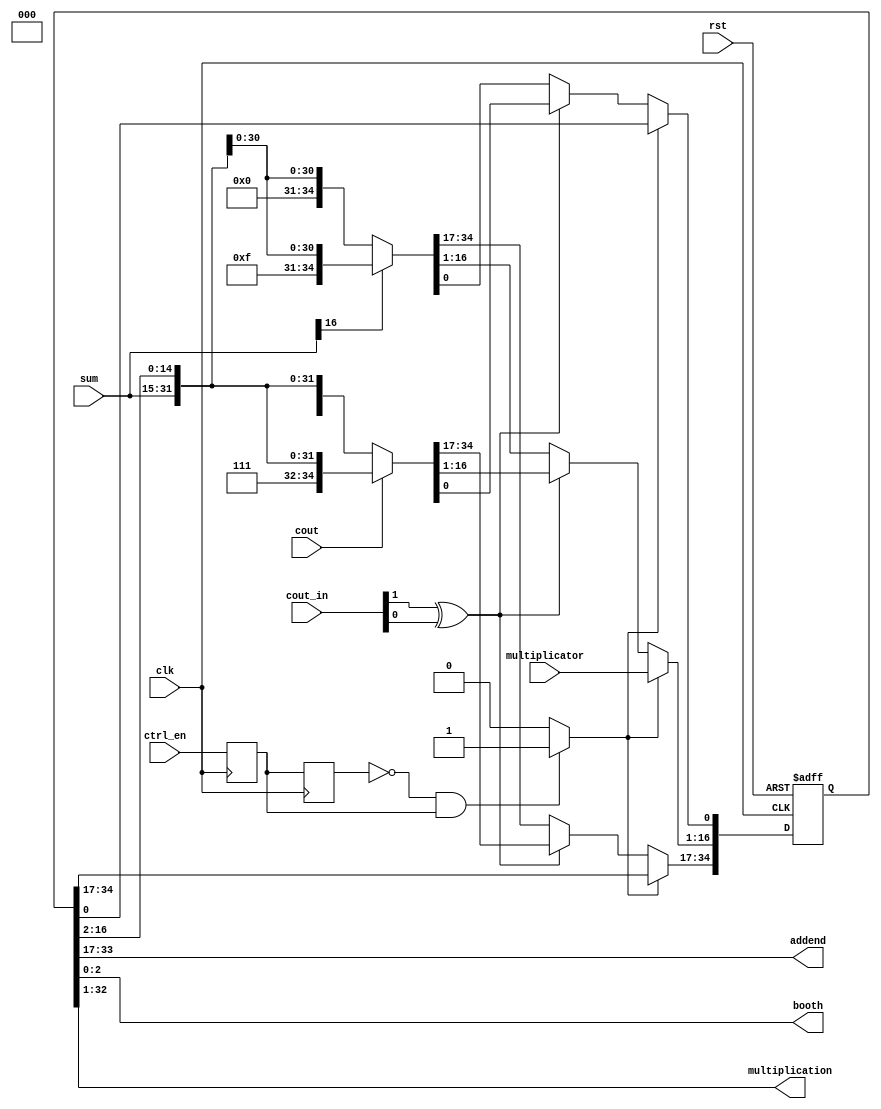
`timescale 1ns / 1ps
//////////////////////////////////////////////////////////////////////////////////
// Company: 
// Engineer: 
// 
// Design Name: 
// Module Name:    rs 
// Project Name: 
// Target Devices: 
// Tool versions: 
// Description: 
//
// Dependencies: 
//
// Revision: 
// Revision 0.01 - File Created
// Additional Comments: 
//
//////////////////////////////////////////////////////////////////////////////////
module rs(
input clk,
input rst,
input[1:0] cout_in,
input ctrl_en,
input cout,//
input[15:0] multiplicator,//
input[16:0] sum,//
output[16:0] addend,//
output[2:0] booth,
output[31:0] multiplication
    );
reg[34:0] regs;
wire flag;
wire flag1;
reg ctrl_en1,ctrl_en2;
always@(posedge clk)
	begin
		ctrl_en1<=ctrl_en;
		ctrl_en2<=ctrl_en1;
	end
assign flag1=(!ctrl_en2 & ctrl_en1)?1'b1:1'b0;
		
assign flag=cout_in[1]^cout_in[0];
always@(posedge clk or negedge rst)
	if(!rst)
		begin
			regs[34:17]<=18'd0;
			regs[16:1]<=16'd0;
			regs[0]<=1'b0;
		end
		else if(flag1)
				regs[16:1]<=multiplicator;
	else if(flag)
		begin
			regs[34:0]<=cout?{2'b11,1'b1,sum[16:0],regs[16:2]}:{2'b00,1'b0,sum[16:0],regs[16:2]};//
		end
	else
		begin
			regs[34:0]<=sum[16]?{2'b11,1'b1,sum[16:0],regs[16:2]}:{2'b00,1'b0,sum[16:0],regs[16:2]};//
		end
assign
	addend=regs[33:17],
	booth=regs[2:0],
	multiplication=regs[32:1];
endmodule